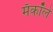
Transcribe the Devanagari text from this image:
मॅकॉले